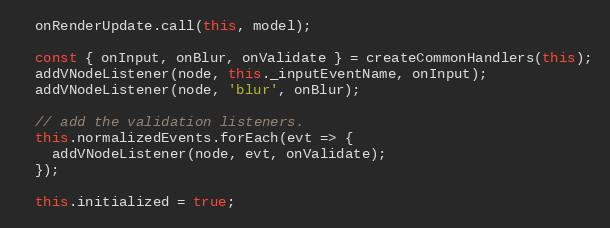
Language: JavaScript
  onRenderUpdate.call(this, model);

  const { onInput, onBlur, onValidate } = createCommonHandlers(this);
  addVNodeListener(node, this._inputEventName, onInput);
  addVNodeListener(node, 'blur', onBlur);

  // add the validation listeners.
  this.normalizedEvents.forEach(evt => {
    addVNodeListener(node, evt, onValidate);
  });

  this.initialized = true;